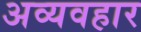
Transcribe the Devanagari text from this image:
अव्यवहार